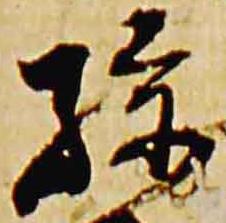
孫